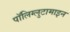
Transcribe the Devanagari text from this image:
पॉलिग्लुटामाइन